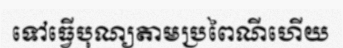
ទៅធ្វើបុណ្យតាមប្រពៃណីហើយ